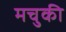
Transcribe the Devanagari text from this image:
मचुकी